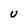
Character: U